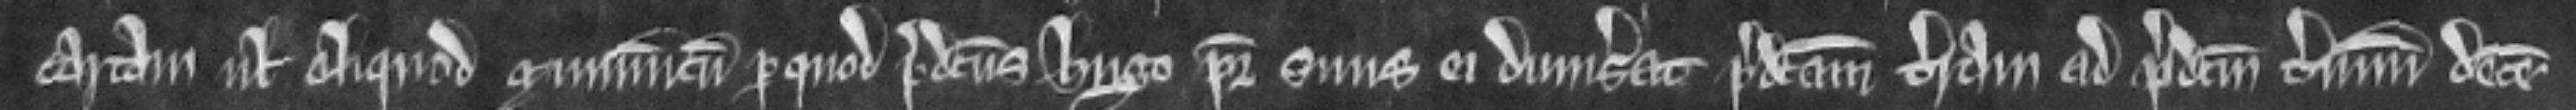
cartam vel aliquod munimentum per quod predictus Hugo pater suus ei dimiserat predictam terram ad predictum terminum decem